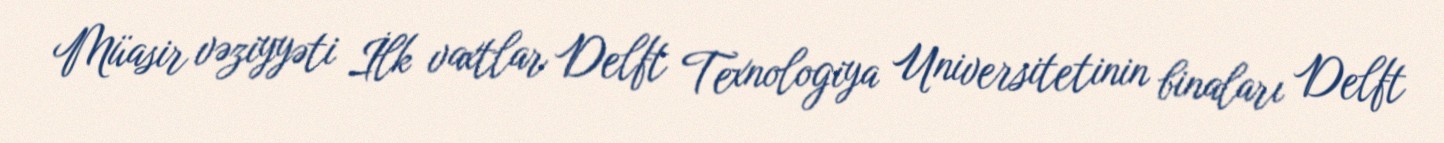
Müasir vəziyyəti İlk vaxtlar Delft Texnologiya Universitetinin binaları Delft